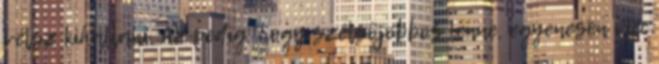
vélsz kihallani. Az pedig, hogy szélsőjobbos lenne, egyenesen vicc